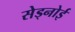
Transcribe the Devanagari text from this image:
सेड्नोई